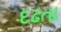
દઢતા